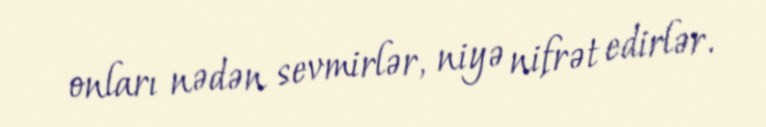
onları nədən sevmirlər, niyə nifrət edirlər.